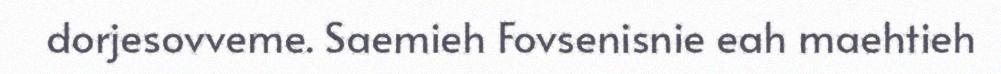
dorjesovveme. Saemieh Fovsenisnie eah maehtieh